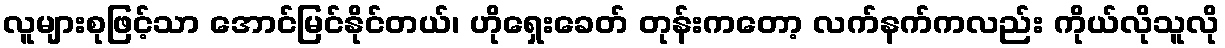
လူများစုဖြင့်သာ အောင်မြင်နိုင်တယ်၊ ဟိုရှေးခေတ် တုန်းကတော့ လက်နက်ကလည်း ကိုယ်လိုသူလို